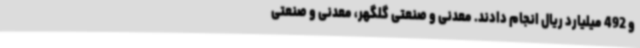
و 492 میلیارد ریال انجام دادند. معدنی و صنعتی گلگهر، معدنی و صنعتی